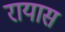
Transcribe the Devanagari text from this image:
रायास